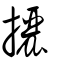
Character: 攦